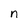
Character: n